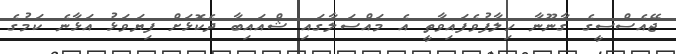
ޖޭއެސްސީގެ ގާނޫނާ ހިލާފުވެފައިވާތީ އެ މައްސަލާގައި ޝްއައިބާ ދެކޮޅަށް ފިޔަވަޅު އަޅާނެ ކަމުގެ